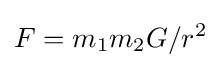
F=m_{1}m_{2}G/r^{2}